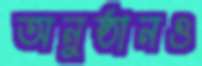
অনুষ্ঠানও